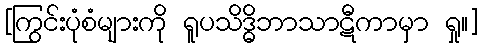
[ကြွင်းပုံစံများကို ရူပသိဒ္ဓိဘာသာဋီကာမှာ ရှု။]